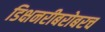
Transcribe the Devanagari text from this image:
डिक्षनरीबरोबरच